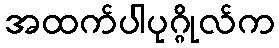
အထက်ပါပုဂ္ဂိုလ်က